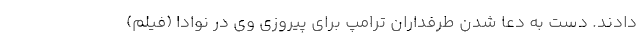
دادند. دست به دعا شدن طرفداران ترامپ برای پیروزی وی در نوادا (فیلم)